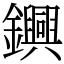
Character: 𨯵